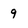
Character: 9